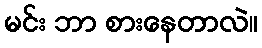
မင်း ဘာ စားနေတာလဲ။